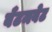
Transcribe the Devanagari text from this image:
बँटमवेट